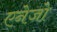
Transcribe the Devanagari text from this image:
एनेजो